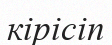
кірісіп